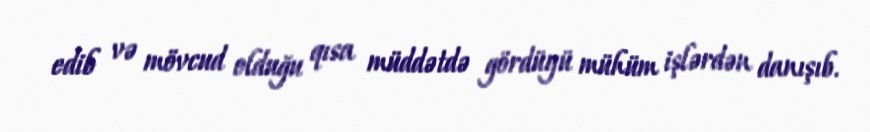
edib və mövcud olduğu qısa müddətdə gördüyü mühüm işlərdən danışıb.